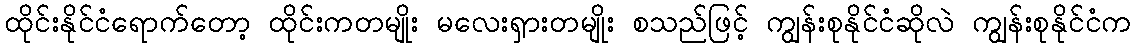
ထိုင်းနိုင်ငံရောက်တော့ ထိုင်းကတမျိုး မလေးရှားတမျိုး စသည်ဖြင့် ကျွန်းစုနိုင်ငံဆိုလဲ ကျွန်းစုနိုင်ငံက